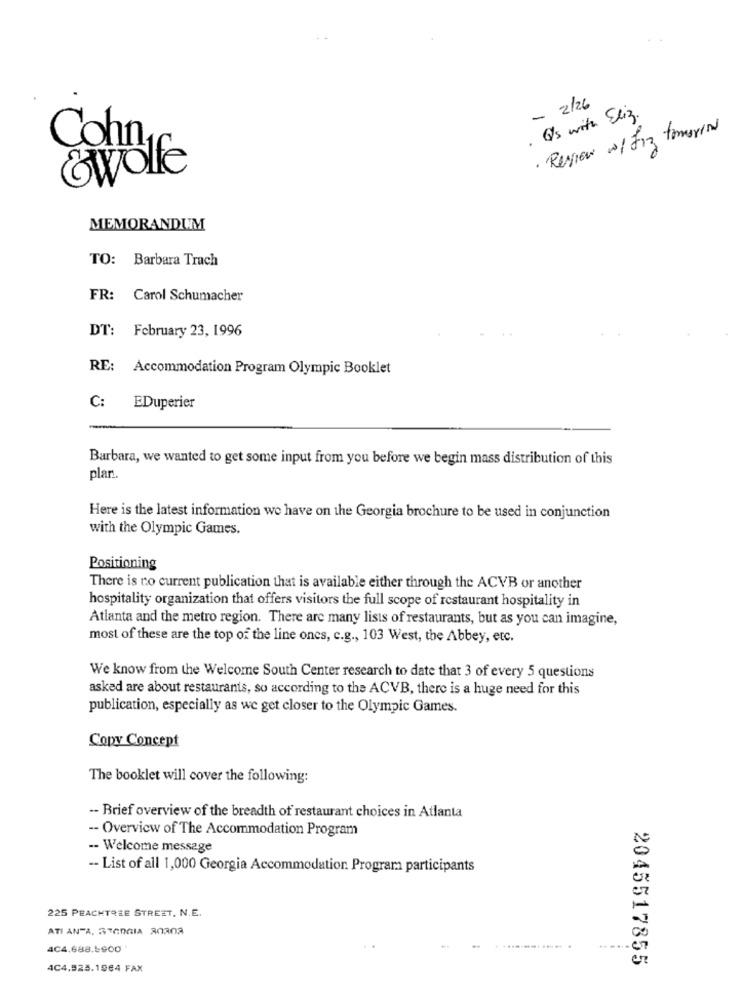
- 2/26
Q/s with Eliz.
· Review w/ fiz tomarion
Cohn
&wolfe
MEMORANDUM
TO: Barbara Trach
FR:
Carol Schumacher
DT: February 23, 1996
RE: Accommodation Program Olympic Booklet
C: EDuperier
Barbara, we wanted to get some input from you before we begin mass distribution of this
plan !.
Here is the latest information we have on the Georgia brochure to be used in conjunction
with the Olympic Games.
Positioning
There is no current publication that is available either through the ACVB or another
hospitality organization that offers visitors the full scope of restaurant hospitality in
Atlanta and the metro region. There are many lists of restaurants, but as you can imagine,
most of these are the top of the line ones, c.g ., 103 West, the Abbey, etc.
We know from the Welcome South Center research to date that 3 of every 5 questions
asked are about restaurants, so according to the ACVB, there is a huge need for this
publication, especially as we get closer to the Olympic Games.
Copy Concept
The booklet will cover the following:
-- Brief overview of the breadth of restaurant choices in Atlanta
-- Overview of The Accommodation Program
-- Welcome message
-- List of all 1,000 Georgia Accommodation Programa participants
225 PEACHTREE STREET, N.E.
ATI ANTA, STORIA 20303
4C4.688.4900
2045517855
4C4,525.1964 FAX